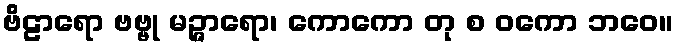
ဗိဠာရော ဗဗ္ဗု မဉ္ဇာရော၊ ကောကော တု စ ဝကော ဘဝေ။